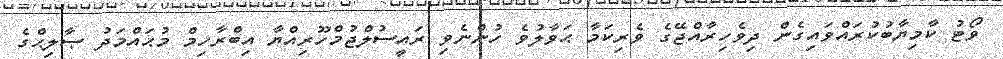
ވޯޓު ކާމިޔާބުކުރައްވައިގެން ދިވެހިރާއްޖޭގެ ވެރިކަމާ ޙަވާލުވެ ހުންނެވި ރައީސުލްޖުމްހޫރިއްޔާ އިބްރާހިމް މުޙައްމަދު ޞާލިޙްގެ